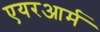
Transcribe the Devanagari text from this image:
एयरआर्म